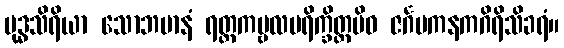
ဗုဒ္ဓသိရိယာ သောဘမာနံ ရတ္တကမ္ဗလပရိက္ခိတ္တမိဝ ဇင်္ဂမကနကဂိရိသိခရံ။